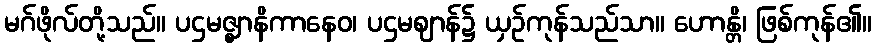
မဂ်ဖိုလ်တို့သည်။ ပဌမဇ္ဈာနိကာနေဝ၊ ပဌမဈာန်၌ ယှဉ်ကုန်သည်သာ။ ဟောန္တိ၊ ဖြစ်ကုန်၏။